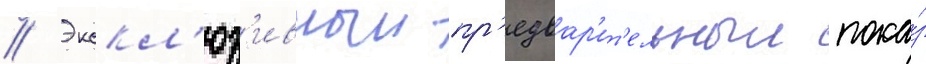
// Экскл'юз'ивныи пр'едвар'ит'ельныи пока́з